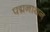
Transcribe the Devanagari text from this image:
पद्मनाथन